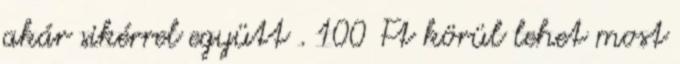
akár sikérrel együtt . 100 Ft körül lehet most